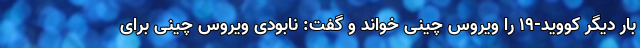
بار دیگر کووید-۱۹ را ویروس چینی خواند و گفت: نابودی ویروس چینی برای